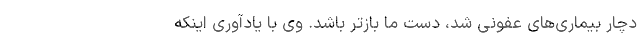
دچار بیماری‌های عفونی شد، دست ما بازتر باشد. وی با یادآوری اینکه